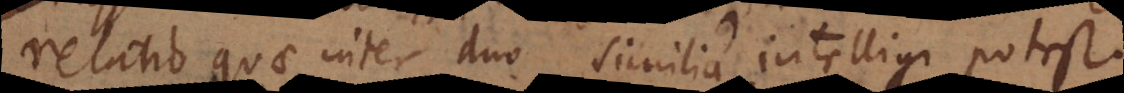
relatio quae inter duo similia intelligi potest.